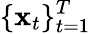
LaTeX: \{ \mathbf{x}_{t}\} _{t=1}^{T}